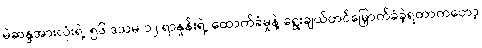
မဲဆန္ဒအားလုံးရဲ့ ၅၆ ဒသမ ၁၂ ရာနှုန်းရဲ့ ထောက်ခံမှုနဲ့ ရွေးချယ်တင်မြှောက်ခံခဲ့ရတာကတော့